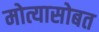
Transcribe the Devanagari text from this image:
मोत्यासोबत